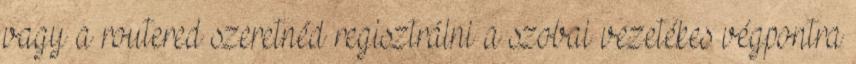
vagy a routered szeretnéd regisztrálni a szobai vezetékes végpontra